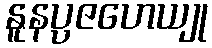
နူနပ္ပဇဟေယျု